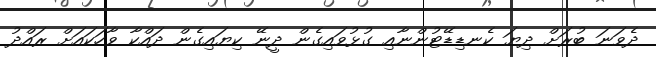
ދެވަނަ ބުރަށް ދިޔަ ކެނޑިޑޭޓުންނާއި ގުޅުވައިގެން ދީނޭ ކިޔައިގެން ދައްކާ ވާހަކައަށް ރައްދު